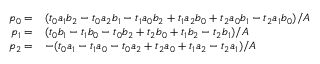
\begin{array} { r l } { p _ { 0 } = } & { ( t _ { 0 } a _ { 1 } b _ { 2 } - t _ { 0 } a _ { 2 } b _ { 1 } - t _ { 1 } a _ { 0 } b _ { 2 } + t _ { 1 } a _ { 2 } b _ { 0 } + t _ { 2 } a _ { 0 } b _ { 1 } - t _ { 2 } a _ { 1 } b _ { 0 } ) / A } \\ { p _ { 1 } = } & { ( t _ { 0 } b _ { 1 } - t _ { 1 } b _ { 0 } - t _ { 0 } b _ { 2 } + t _ { 2 } b _ { 0 } + t _ { 1 } b _ { 2 } - t _ { 2 } b _ { 1 } ) / A } \\ { p _ { 2 } = } & { - ( t _ { 0 } a _ { 1 } - t _ { 1 } a _ { 0 } - t _ { 0 } a _ { 2 } + t _ { 2 } a _ { 0 } + t _ { 1 } a _ { 2 } - t _ { 2 } a _ { 1 } ) / A } \end{array}